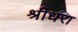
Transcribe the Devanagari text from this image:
श्रीधरा